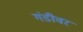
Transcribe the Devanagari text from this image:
गंडीवर